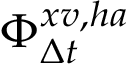
\Phi _ { \Delta t } ^ { x v , h a }